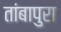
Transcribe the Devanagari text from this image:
तांबापुरा